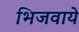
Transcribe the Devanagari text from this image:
भिजवाये